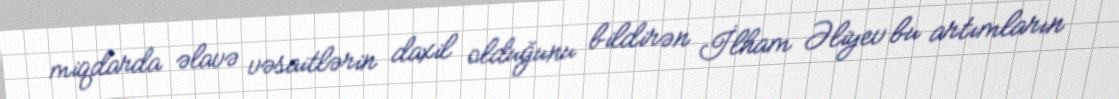
miqdarda əlavə vəsaitlərin daxil olduğunu bildirən İlham Əliyev bu artımların